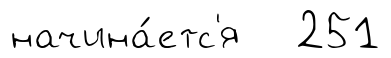
начина́етс'я 251